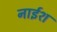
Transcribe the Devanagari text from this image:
नाईश